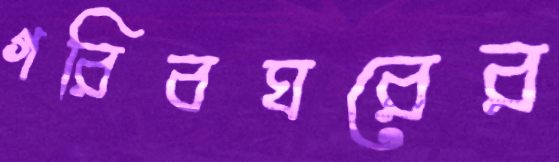
গরিবঘরের